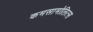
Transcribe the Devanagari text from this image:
कमसामोलित्स